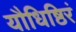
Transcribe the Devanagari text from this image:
यौधिष्ठिरं